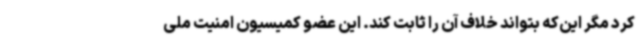
کرد مگر این‌که بتواند خلاف آن را ثابت کند. این عضو کمیسیون امنیت ملی